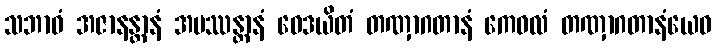
သဘာဝံ အဇာနန္တာနံ အပဿန္တာနံ ဝေဒယိတံ တဏှာဂတာနံ ကေဝလံ တဏှာဂတာနံယေဝ